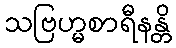
သဗြဟ္မစာရီနန္တိ